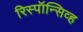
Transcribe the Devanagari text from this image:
रिस्पॉन्सिव्ह